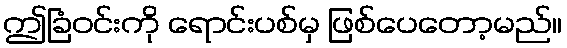
ဤခြံဝင်းကို ရောင်းပစ်မှ ဖြစ်ပေတော့မည်။